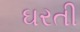
ઘરતી